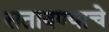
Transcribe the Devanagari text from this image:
सतावण्याचे